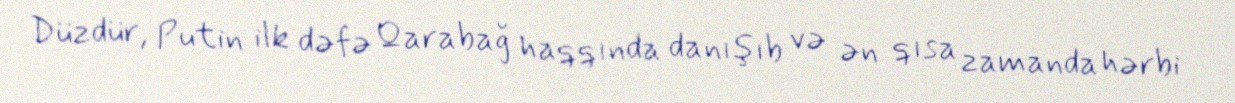
Düzdür, Putin ilk dəfə Qarabağ haqqında danışıb və ən qısa zamanda hərbi